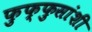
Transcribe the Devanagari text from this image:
फुफ्फुसांशी